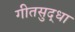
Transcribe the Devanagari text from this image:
गीतसुद्धा